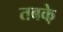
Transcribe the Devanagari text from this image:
तबके़